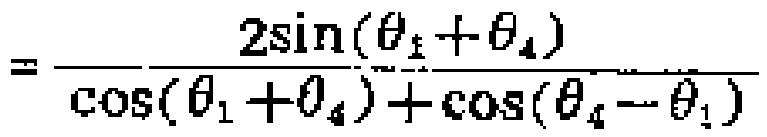
$=\frac{2\sin(\theta_{1}+\theta_{4})}{\cos(\theta_{1}+\theta_{4})+\cos(\theta_{4}-\theta_{1})}$